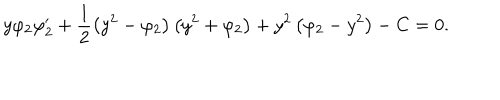
y \varphi _ { 2 } \varphi _ { 2 } ^ { \prime } + \frac { 1 } { 2 } \left( y ^ { 2 } - \varphi _ { 2 } \right) \left( y ^ { 2 } + \varphi _ { 2 } \right) + y ^ { 2 } \left( \varphi _ { 2 } - y ^ { 2 } \right) - C = 0 .